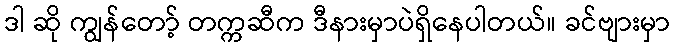
ဒါ ဆို ကျွန်တော့် တက္ကဆီက ဒီနားမှာပဲရှိနေပါတယ်။ ခင်ဗျားမှာ